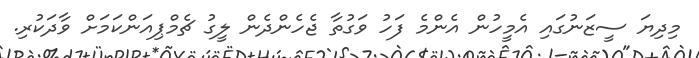
މިދިޔަ ސީޒަނުގައި އެމީހުން އެންމެ ފަހު ވަގުތާ ޖެހެންދެން ލީގު ޗެމްޕިއަންކަމަށް ވާދަކުރި.